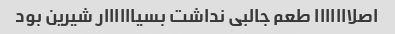
اصلااااااا طعم جالبی نداشت بسیاااااار شیرین بود